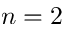
n = 2